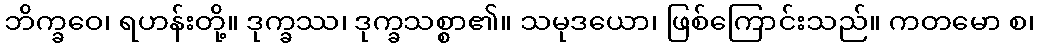
ဘိက္ခဝေ၊ ရဟန်းတို့။ ဒုက္ခဿ၊ ဒုက္ခသစ္စာ၏။ သမုဒယော၊ ဖြစ်ကြောင်းသည်။ ကတမော စ၊